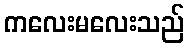
ကလေးမလေးသည်